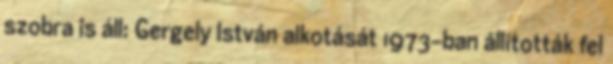
szobra is áll: Gergely István alkotását 1973-ban állították fel